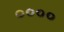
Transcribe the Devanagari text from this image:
००००